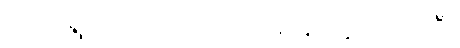
ကဲကဲ ရွာထဲက အတင်းအဖျင်းတွေ ပြောပါဦး